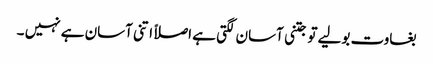
بغاوت بولیے تو جتنی آسان لگتی ہے اصلاً اتنی آسان ہے نہیں ۔